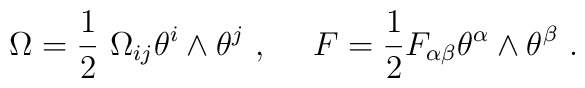
\Omega = \frac{1}{2} \ \Omega_{ij} \theta^{i} \wedge \theta^{j}  \ ,  \ \ \ \ F = \frac{1}{2} F_{\alpha \beta} \theta^{\alpha}  \wedge \theta^{\beta} \ .